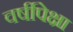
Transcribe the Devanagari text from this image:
वर्षीपेक्षा